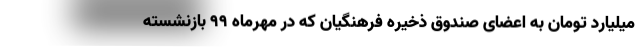
میلیارد تومان به اعضای صندوق ذخیره فرهنگیان که در مهرماه ۹۹ بازنشسته